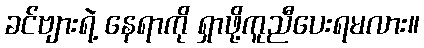
ခင်ဗျားရဲ့ နေရာကို ရှာဖို့ကူညီပေးရမလား။